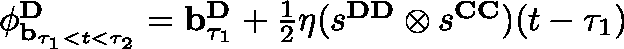
\begin{array} { r } { \mathbf { \phi } _ { \mathbf { b } _ { \tau _ { 1 } < t < \tau _ { 2 } } } ^ { \mathbf { D } } = \mathbf { b } _ { \tau _ { 1 } } ^ { \mathbf { D } } + \frac { 1 } { 2 } \eta ( s ^ { \mathbf { D D } } \otimes s ^ { \mathbf { C C } } ) ( t - \tau _ { 1 } ) } \end{array}